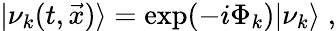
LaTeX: |\nu_{k}(t,\vec{x})\rangle=\exp(-i\Phi_{k})|\nu_{k}\rangle\; ,